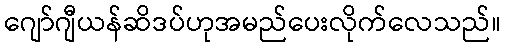
ဂျော်ဂျီယန်ဆိဒပ်ဟုအမည်ပေးလိုက်လေသည်။